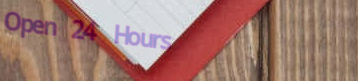
Open 24 Hours